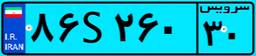
۲۳S۱۵۵۱۸